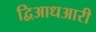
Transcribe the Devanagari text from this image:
द्विआधआरी